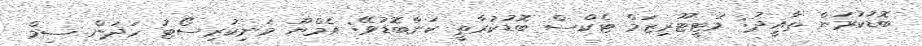
ބޮޑުކުރަން ތާއީދު: މަޓީޓޫރިޒަމް ޓެކްސް ބޮޑުކުރާތީ ކަންބޮޑުވޭ: އެމްޔޫ މަނިކުރިސޯޓު ހަދަން ސިމް